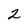
Character: 2